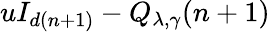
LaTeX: uI_{d(n+1)}-Q_{\lambda,\gamma}(n+1)